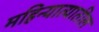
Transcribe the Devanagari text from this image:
महिन्यात्यातील